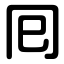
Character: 囘